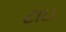
ટાઇ